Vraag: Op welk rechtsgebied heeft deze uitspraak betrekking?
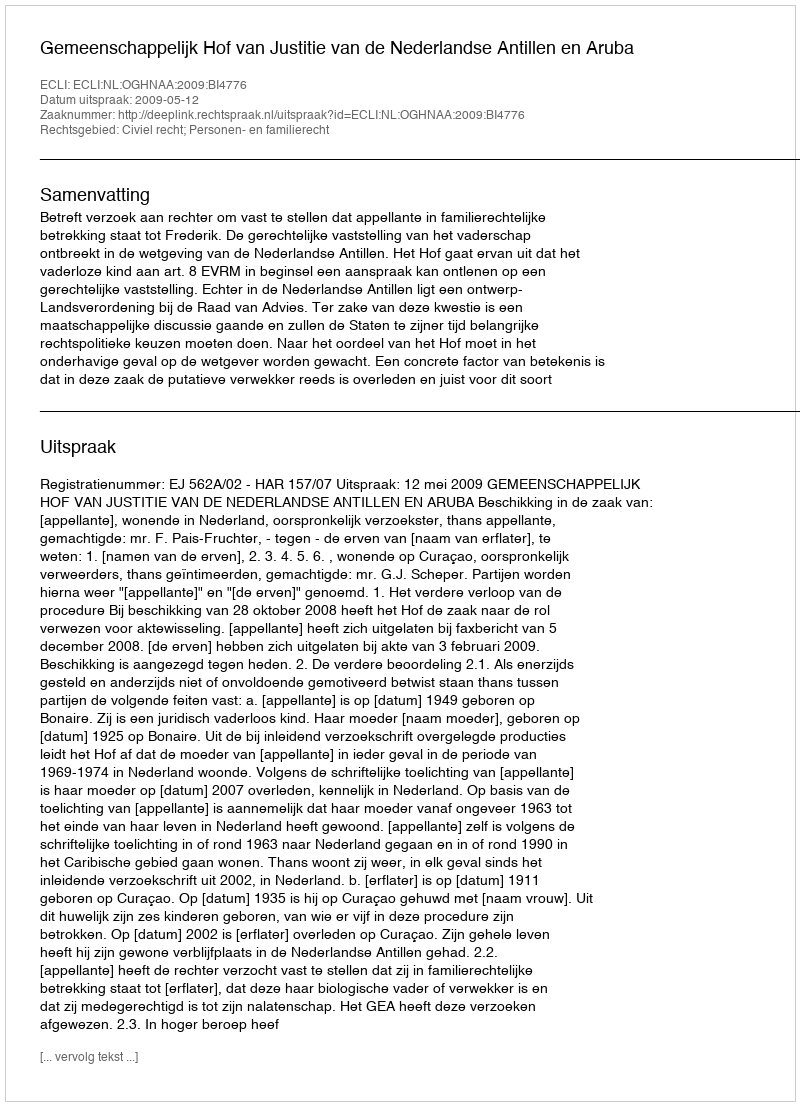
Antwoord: Civiel recht; Personen- en familierecht